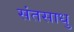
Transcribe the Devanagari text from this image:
संतसाधु